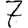
Digit: 7